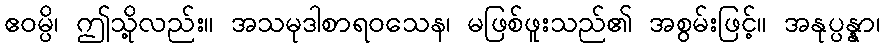
ဧဝမ္ပိ၊ ဤသို့လည်း။ အသမုဒါစာရဝသေန၊ မဖြစ်ဖူးသည်၏ အစွမ်းဖြင့်။ အနုပ္ပန္နာ၊